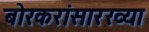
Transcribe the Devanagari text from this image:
बोरकरांसारख्या